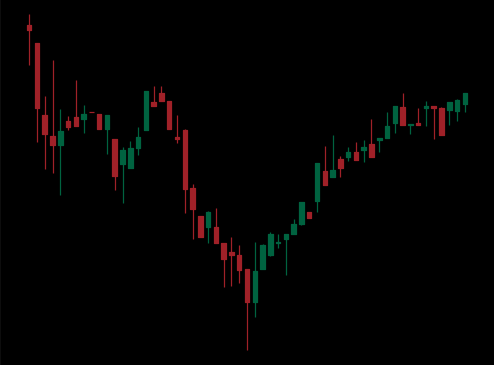
Pattern: inverse_head_shoulders